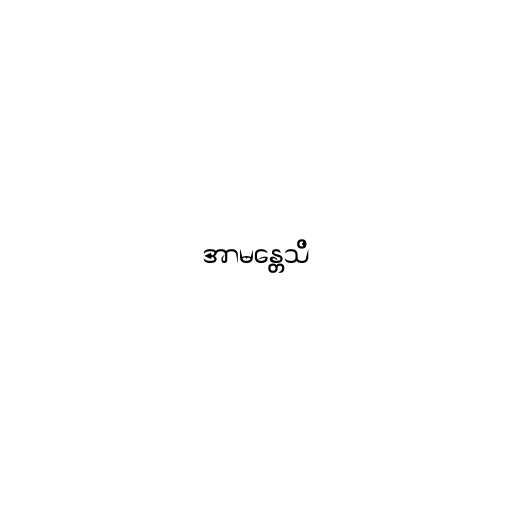
အာမန္တေသိ